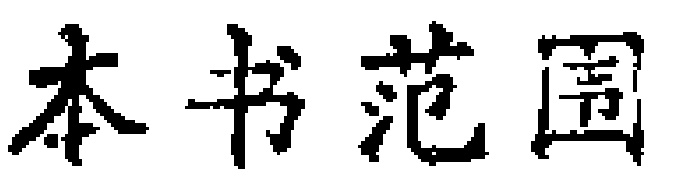
本书范围